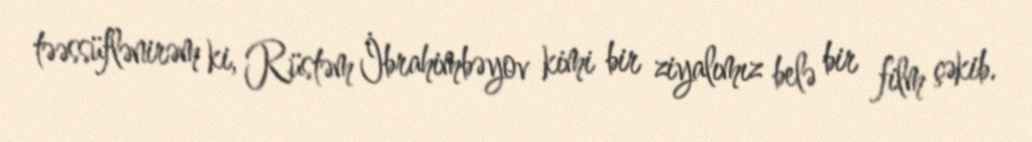
təəssüflənirəm ki, Rüstəm İbrahimbəyov kimi bir ziyalımız belə bir film çəkib.